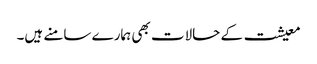
معیشت کے حالات بھی ہمارے سامنے ہیں۔